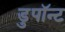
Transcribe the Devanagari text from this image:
डुपॉन्ट